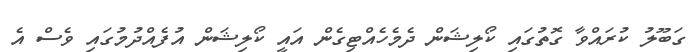
ގަބޫލު ކުރައްވާ ގޮތުގައި ކޯލިޝަން ދެމެހެއްޓިގެން އައީ ކޯލިޝަން އުފެއްދުމުގައި ވެސް އެ